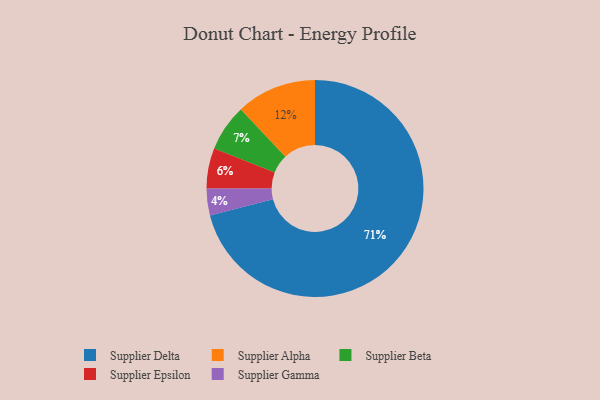
{"axis": {"x": "Category", "y": "Percentage"}, "legend": ["Supplier Alpha", "Supplier Beta", "Supplier Delta", "Supplier Epsilon", "Supplier Gamma"], "data": [{"x": "Supplier Beta", "y": 7, "type": "Supplier Beta"}, {"x": "Supplier Epsilon", "y": 6, "type": "Supplier Epsilon"}, {"x": "Supplier Alpha", "y": 12, "type": "Supplier Alpha"}, {"x": "Supplier Gamma", "y": 4, "type": "Supplier Gamma"}, {"x": "Supplier Delta", "y": 71, "type": "Supplier Delta"}]}